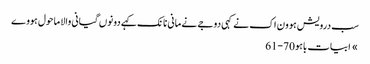
سب درویش ہوون اک نے کہی دوجے نے مانی نانک کہے دونوں گیانی والا ماحول ہووے
» ابیات باہو 70-61